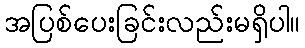
အပြစ်ပေးခြင်းလည်းမရှိပါ။